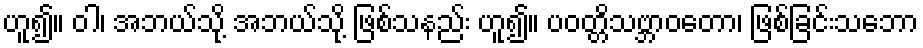
ဟူ၍။ ဝါ၊ အဘယ်သို့ အဘယ်သို့ ဖြစ်သနည်း ဟူ၍။ ပဝတ္တိသဗ္ဘာဝတော၊ ဖြစ်ခြင်းသဘော